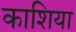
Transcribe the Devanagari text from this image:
काशिया